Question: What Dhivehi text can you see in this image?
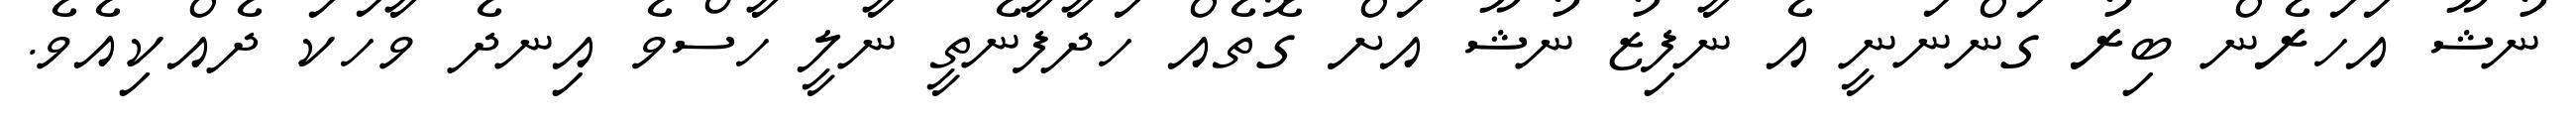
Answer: ނުޝޫ އަހަރެން ބިރު ގަންނަނީ އެ ނާފިޒު ނުޝޫ އަށް ގޮތެއް ހަދާފާނެތީ ނާލީ ހާސްވެ އިނދެ ވާހަކަ ދެއްކިއެވެ.